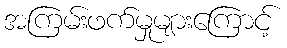
အကြမ်းဖက်မှုများကြောင့်